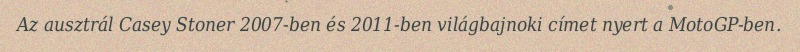
Az ausztrál Casey Stoner 2007-ben és 2011-ben világbajnoki címet nyert a MotoGP-ben.